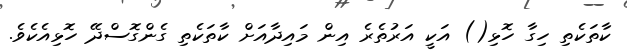
ކާތަކެތި ހިގާ ހޮޅި() އަކީ އަރުތެރެ އިން މައިދާއަށް ކާތަކެތި ގެންގޮސްދޭ ހޮޅިއެކެވެ.